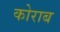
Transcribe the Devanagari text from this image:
कोराब